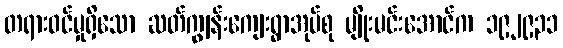
တရားဝင်မှုရှိသော ဆတ်ကျွန်းကျေးရွာအုပ်စု မျိုးမင်းအောင်က ၁၉၂၉၃၁